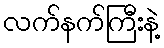
လက်နက်ကြီးနဲ့